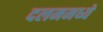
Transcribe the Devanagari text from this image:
दलममध्ये